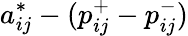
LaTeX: a_{ij}^{*}-(p_{ij}^{+}-p_{ij}^{-})